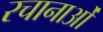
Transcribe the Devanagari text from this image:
रचानाओं